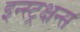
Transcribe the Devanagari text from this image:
इन्स्ट्रक्षन्स